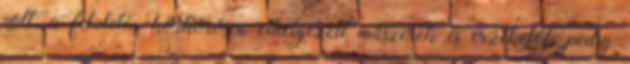
volt, a felületén körkörösen elhelyezett műszerek és érzékelők pedig